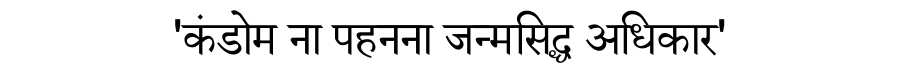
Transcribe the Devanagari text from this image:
'कंडोम ना पहनना जन्मसिद्ध अधिकार'